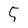
Character: 5